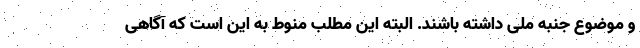
و موضوع جنبه ملی داشته باشند. البته این مطلب منوط به این است که آگاهی